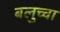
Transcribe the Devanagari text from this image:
बलुच्चा